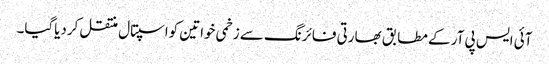
آئی ایس پی آر کے مطابق بھارتی فائرنگ سے زخمی خواتین کواسپتال منتقل کردیاگیا۔